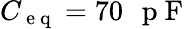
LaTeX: C_{\mathrm{~e~q~}}=70\mathrm{~\, ~p~F~}